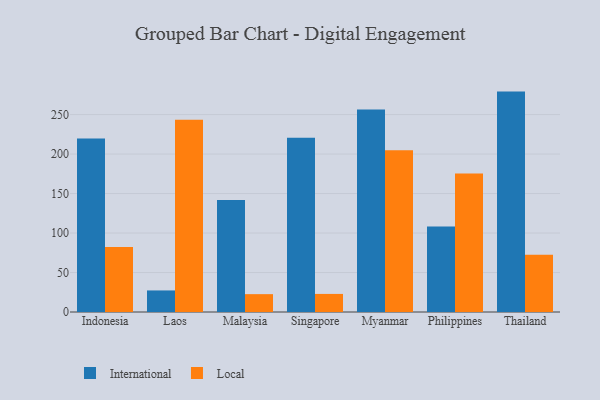
{"axis": {"x": "Country", "y": "Shipments"}, "legend": ["International", "Local"], "data": [{"x": "Indonesia", "y": 219.6, "type": "International"}, {"x": "Indonesia", "y": 82.3, "type": "Local"}, {"x": "Laos", "y": 27.3, "type": "International"}, {"x": "Laos", "y": 243.6, "type": "Local"}, {"x": "Malaysia", "y": 141.9, "type": "International"}, {"x": "Malaysia", "y": 22.6, "type": "Local"}, {"x": "Singapore", "y": 220.7, "type": "International"}, {"x": "Singapore", "y": 22.9, "type": "Local"}, {"x": "Myanmar", "y": 256.5, "type": "International"}, {"x": "Myanmar", "y": 204.9, "type": "Local"}, {"x": "Philippines", "y": 108.4, "type": "International"}, {"x": "Philippines", "y": 175.5, "type": "Local"}, {"x": "Thailand", "y": 279.1, "type": "International"}, {"x": "Thailand", "y": 72.5, "type": "Local"}]}